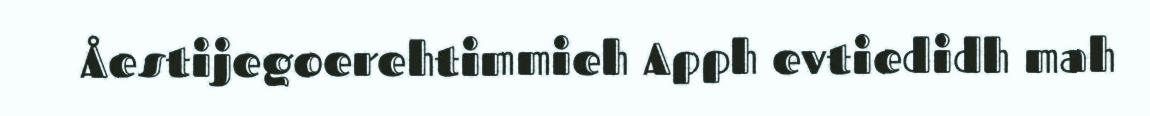
Åestijegoerehtimmieh Apph evtiedidh mah